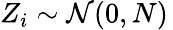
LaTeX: Z_{i}\sim{\mathcal{N}}(0,N)\,